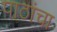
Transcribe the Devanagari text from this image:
पाठांचा